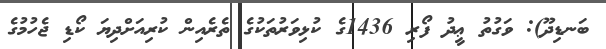
ބަނޑިދޫ): ވަގުތު ޢީދު ފޯރި 1436ގެ ކުޅިވަރުތަކުގެ ތެރެއިން ކުރިއަށްދިޔަ ކޯޑި ޖެހުމުގެ